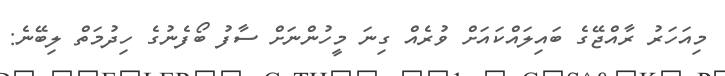
މިއަހަރު ރާއްޖޭގެ ބައިލައްކައަށް ވުރެއް ގިނަ މީހުންނަށް ސާފު ބޯފެނުގެ ހިދުމަތް ލިބޭނެ: